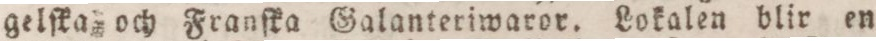
gelſka och Franſka Galanteriwaror. Lokalen blir en